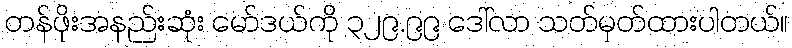
တန်ဖိုးအနည်းဆုံး မော်ဒယ်ကို ၃၂၉.၉၉ ဒေါ်လာ သတ်မှတ်ထားပါတယ်။